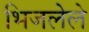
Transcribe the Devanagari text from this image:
भिजलेले